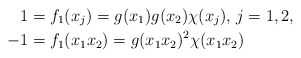
\begin{align*}1&=f_1(x_j)=g(x_1)g(x_2)\chi(x_j),\,j=1,2,\, \\ -1&=f_1(x_1x_2)=g(x_1x_2)^2\chi(x_1x_2)\end{align*}